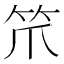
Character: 笊